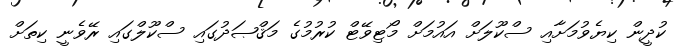
ކުދީން ކިޔެވުމަށާއި ސްކޫލަށް އައުމަށް މޯޓިވޭޓް ކުރުމުގެ މަޤްޞަދުގައި ސްކޫލްގައި ރޭވެނީ ކިތަށް